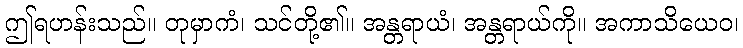
ဤရဟန်းသည်။ တုမှာကံ၊ သင်တို့၏။ အန္တရာယံ၊ အန္တရာယ်ကို။ အကာသိယေဝ၊